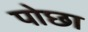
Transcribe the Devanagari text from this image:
पोछा